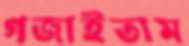
গজাইতাম